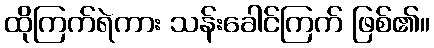
ထိုကြက်ရဲကား သန်းခေါင်ကြက် ဖြစ်၏။